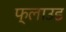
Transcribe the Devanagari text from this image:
फ्लाउड